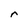
Character: r